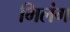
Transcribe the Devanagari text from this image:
भिलंग